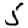
Digit: 5